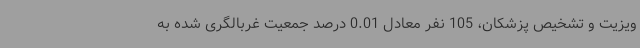
ویزیت و تشخیص پزشکان، 105 نفر معادل 0.01 درصد جمعیت غربالگری شده به